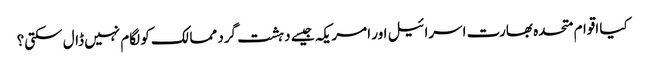
کیا اقوام متحدہ بھارت اسرائیل اور امریکہ جیسے دہشت گرد ممالک کو لگام نہیں ڈال سکتی؟